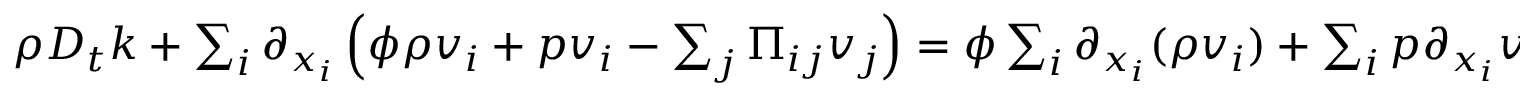
\begin{array} { r } { \rho D _ { t } k + \sum _ { i } \partial _ { x _ { i } } \left( \phi \rho v _ { i } + p v _ { i } - \sum _ { j } \Pi _ { i j } v _ { j } \right) = \phi \sum _ { i } \partial _ { x _ { i } } ( \rho v _ { i } ) + \sum _ { i } p \partial _ { x _ { i } } v _ { i } - \sum _ { i j } \Pi _ { i j } \partial _ { x _ { i } } v _ { j } \, , } \end{array}